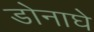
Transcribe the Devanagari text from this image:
डोनाघे